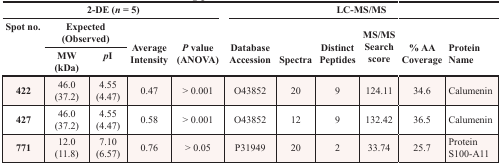
<table><thead><tr><td colspan="5"><b>2-DE (<i>n</i> = 5)</b></td><td colspan="6"><b>LC-MS/MS</b></td></tr><tr><td rowspan="2"><b>Spot no.</b></td><td colspan="2"><b>Expected (Observed)</b></td><td rowspan="2"><b>Average Intensity</b></td><td rowspan="2"><b><i>P</i> value (ANOVA)</b></td><td rowspan="2"><b>Database Accession</b></td><td rowspan="2"><b>Spectra</b></td><td rowspan="2"><b>Distinct Peptides</b></td><td rowspan="2"><b>MS/MS Search score</b></td><td rowspan="2"><b>% AA Coverage</b></td><td rowspan="2"><b>Protein Name</b></td></tr><tr><td><b>MW (kDa)</b></td><td><b><i>p</i>I</b></td></tr></thead><tbody><tr><td><b>422</b></td><td>46.0 (37.2)</td><td>4.55 (4.47)</td><td>0.47</td><td>&gt; 0.001</td><td>O43852</td><td>20</td><td>9</td><td>124.11</td><td>34.6</td><td>Calumenin</td></tr><tr><td><b>427</b></td><td>46.0 (37.2)</td><td>4.55 (4.47)</td><td>0.58</td><td>&gt; 0.001</td><td>O43852</td><td>12</td><td>9</td><td>132.42</td><td>36.5</td><td>Calumenin</td></tr><tr><td><b>771</b></td><td>12.0 (11.8)</td><td>7.10 (6.57)</td><td>0.76</td><td>&gt; 0.05</td><td>P31949</td><td>20</td><td>2</td><td>33.74</td><td>25.7</td><td>Protein S100-A11</td></tr></tbody></table>